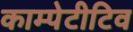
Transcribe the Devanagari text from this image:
काम्पेटीटिव